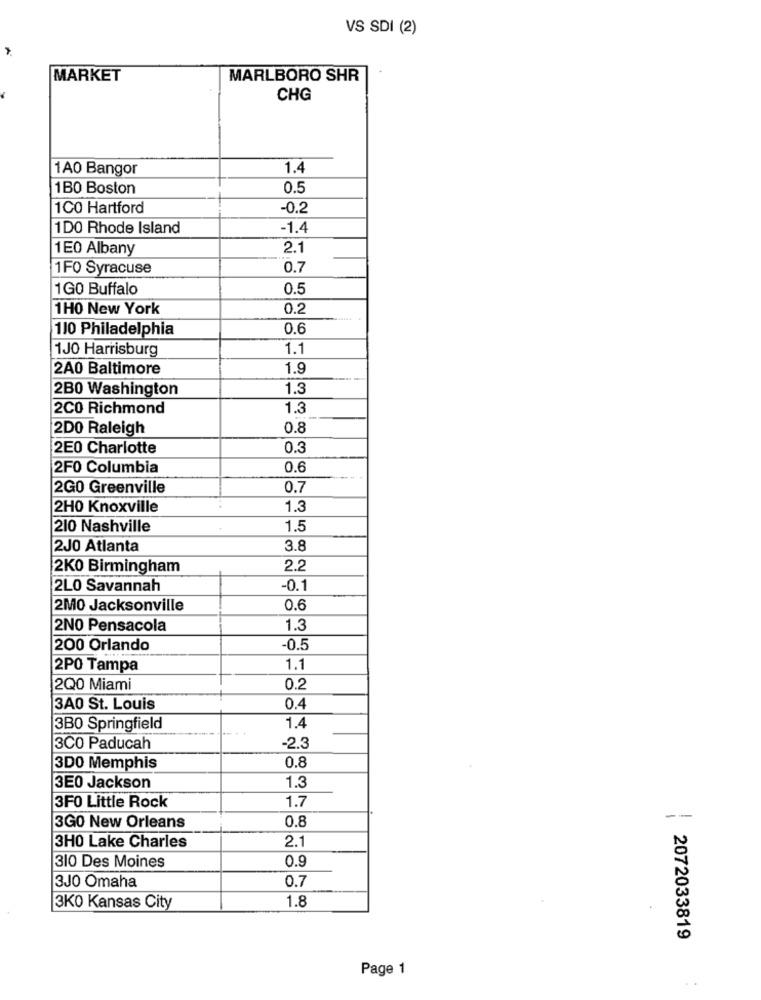
VS SDI (2)
MARKET
MARLBORO SHR
CHG
1A0 Bangor
1.4
1BO Boston
0.5
1C0 Hartford
-0.2
1DO Rhode Island
-1.4
1E0 Albany
2.1
1FO Syracuse
0.7
1GO Buffalo
0.5
1H0 New York
0.2
110 Philadelphia
0.6
1JO Harrisburg
1.1
2A0 Baltimore
1.9
2B0 Washington
1.3
2C0 Richmond
1.3
2DO Raleigh
0.8
2E0 Charlotte
0.3
2F0 Columbia
0.6
2G0 Greenville
0.7
2H0 Knoxville
1.3
210 Nashville
1.5
2J0 Atlanta
3.8
2K0 Birmingham
2.2
2L0 Savannah
-0.1
2M0 Jacksonville
0.6
2NO Pensacola
1.3
200 Orlando
-0.5
2PO Tampa
1.1
2Q0 Miami
0.2
3A0 St. Louis
0.4
1.4
3B0 Springfield
3CO Paducah
-2.3
0.8
3DO Memphis
1.3
3E0 Jackson
1.7
3F0 Little Rock
0.8
--
3G0 New Orleans
2.1
3H0 Lake Charles
0.9
310 Des Moines
0.7
3J0 Omaha
3KO Kansas City
1.8
2072033819
Page 1